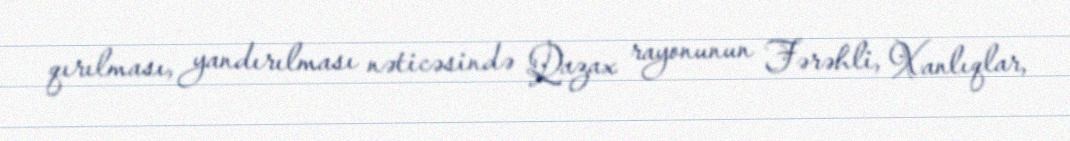
qırılması, yandırılması nəticəsində Qazax rayonunun Fərəhli, Xanlıqlar,